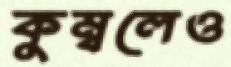
কুম্বলেও